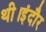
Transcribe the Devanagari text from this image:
थी।इंदौर